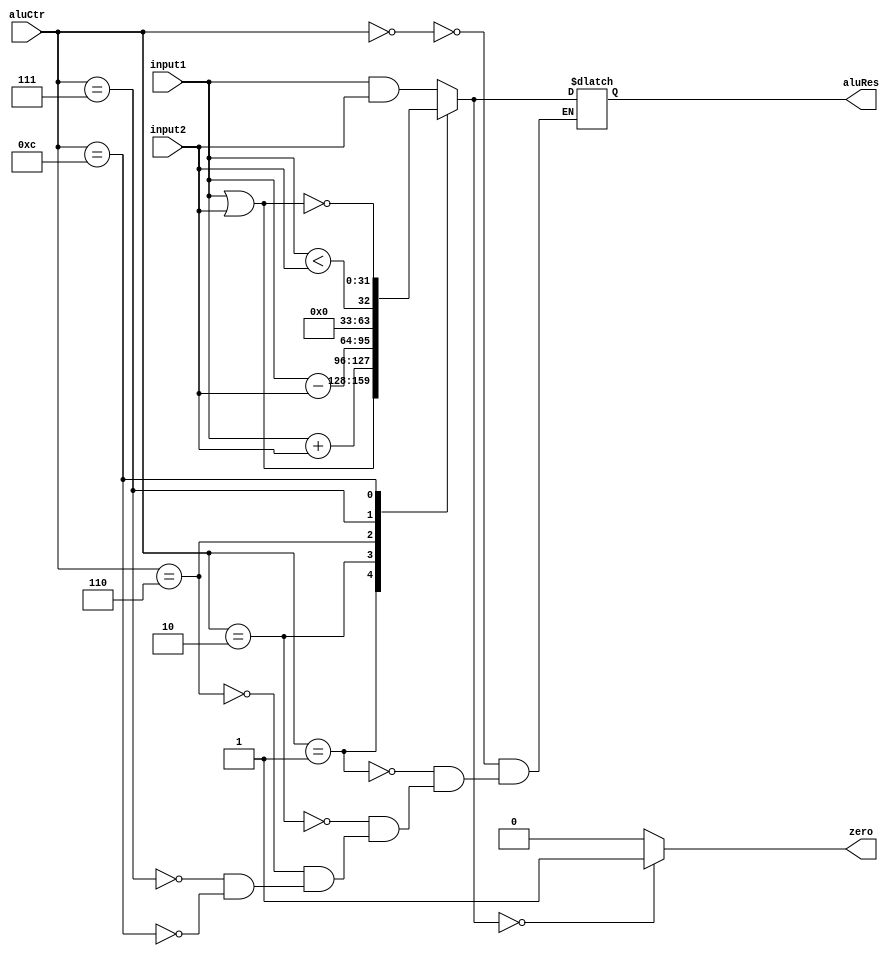
`timescale 1ns / 1ps
//////////////////////////////////////////////////////////////////////////////////
// Company: 
// Engineer: 
// 
// Design Name: 
// Module Name: alu
// Project Name: 
// Target Devices: 
// Tool Versions: 
// Description: 
// 
// Dependencies: 
// 
// Revision:
// Revision 0.01 - File Created
// Additional Comments:
// 
//////////////////////////////////////////////////////////////////////////////////


module alu(
   input [31:0] input1,
   input [31:0] input2,
   input [3:0] aluCtr,
   output reg  zero,
   output reg [31:0] aluRes
    );
    
   always @(input1 or input2 or aluCtr)
   begin 
   case (aluCtr)
   4'b0000: aluRes=input1 & input2;
   4'b0001: aluRes=input1 | input2;
   4'b0010: aluRes=input1 +input2;
   4'b0110: aluRes=input1-input2;
   4'b0111: aluRes=input1 < input2;
   4'b1100: 
   begin
   aluRes= input1|input2;
   aluRes= ~aluRes;
   end 
   endcase
   
   if (aluRes==0) zero=1;
   else zero=0;
   end 
    
endmodule